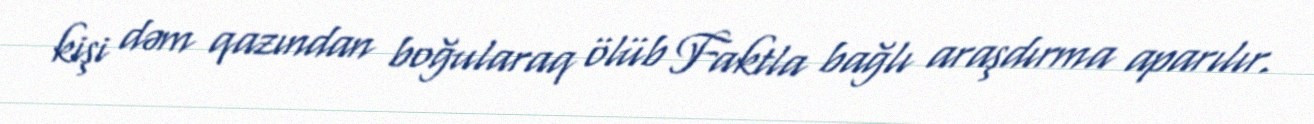
kişi dəm qazından boğularaq ölüb Faktla bağlı araşdırma aparılır.